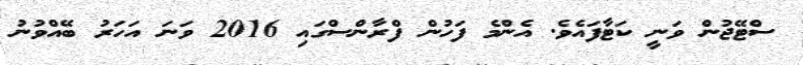
ސްޓޭޖުން ވަނީ ކަޓާފައެވެ. އެންމެ ފަހުން ފްރާންސްގައި 2016 ވަނަ އަހަރު ބޭއްވުނު